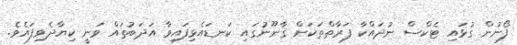
ފޯނުން ގުޅައި ޓެކްސް ނުދައްކާ ފަރާތްތަކަށް ޤާނޫނުގައި ކަނޑައެޅިފައިވާ އަދަބުތައް ވަނީ ކިޔާދެވިފައެވެ.